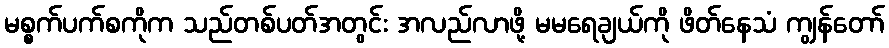
မစ္စက်ပက်စကိုက သည်တစ်ပတ်အတွင်း အလည်လာဖို့ မမရေချယ်ကို ဖိတ်နေသံ ကျွန်တော်